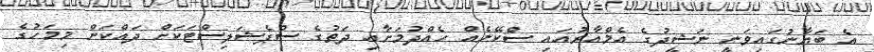
އެ ބަޔާނުގައިވަނީ ނަޝީދުގެ އެމްއާރުއައި ސްކޭނެއް ހެއްދުމަށާއި ދަތުގެ ސްޕެޝަލިސްޓަކަށް ދައްކަން މިމަހުގެ